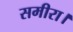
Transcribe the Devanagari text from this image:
समीरा।